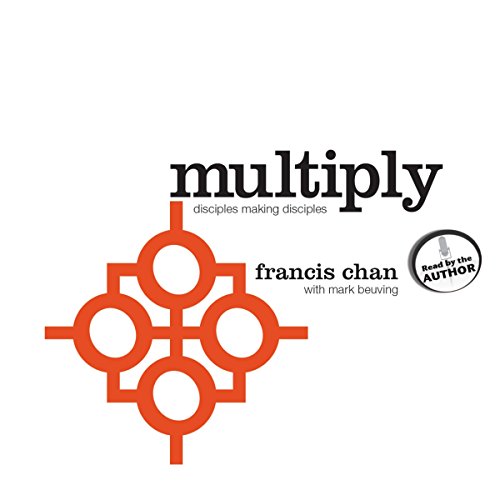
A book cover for Multiply: Disciples Making Disciples; Francis Chan; Christian Books & Bibles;